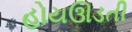
હોયઊડતી